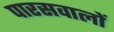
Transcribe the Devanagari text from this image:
पारसवालों